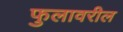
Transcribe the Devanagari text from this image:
फुलावरील